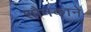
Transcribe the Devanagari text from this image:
शौनकाने